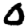
Digit: 0